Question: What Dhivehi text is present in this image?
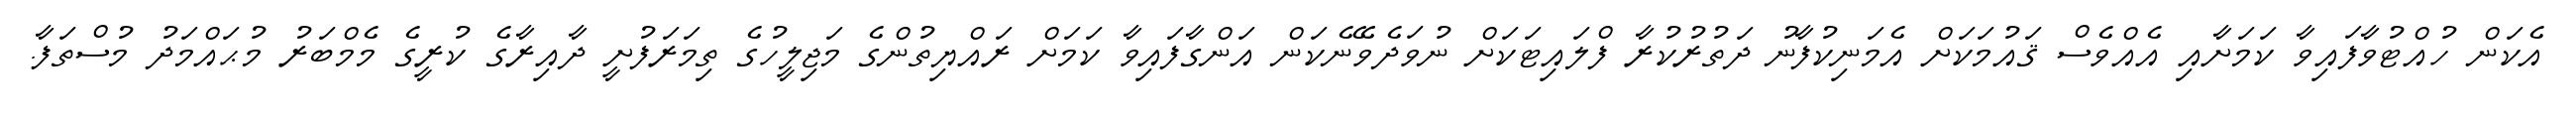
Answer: އެކަން ހުއްޓުވާފައިވާ ކަމަށާއި އެއްވެސް ޤައުމަކަށް އެމަނިކުފާނު ދަތުރުކުރާ ފްލައިޓަކަށް ނުވަދެވޭނެކަން އަންގާފައިވާ ކަމަށް ރައްޔިތުންގެ މަޖިލީހުގެ ތިމަރަފުށީ ދާއިރާގެ ކުރީގެ މެމްބަރު މުޙައްމަދު މުސްތަފާ.